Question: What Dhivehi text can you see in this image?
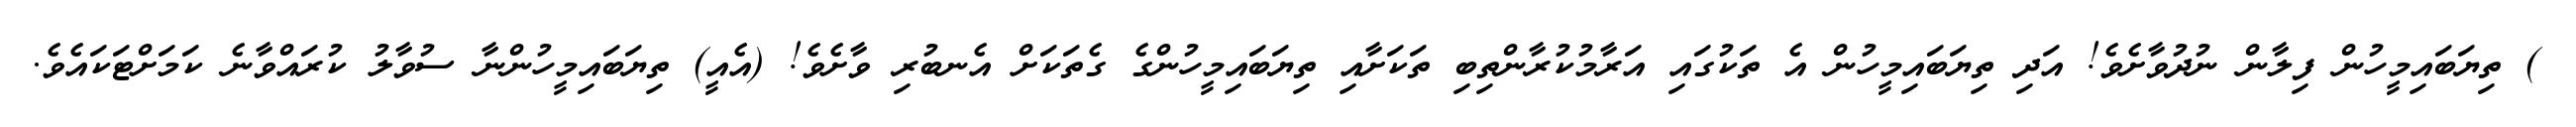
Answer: ) ތިޔަބައިމީހުން ފިލާން ނުދުވާށެވެ! އަދި ތިޔަބައިމީހުން އެ ތަކުގައި އަރާމުކުރާންތިބި ތަކަށާއި ތިޔަބައިމީހުންގެ ގެތަކަށް އެނބުރި ވާށެވެ! (އެއީ) ތިޔަބައިމީހުންނާ ސުވާލު ކުރައްވާނެ ކަމަށްޓަކައެވެ.